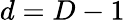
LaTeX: d=D-1